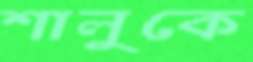
শালুকে